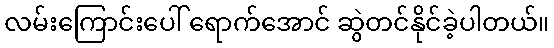
လမ်းကြောင်းပေါ် ရောက်အောင် ဆွဲတင်နိုင်ခဲ့ပါတယ်။